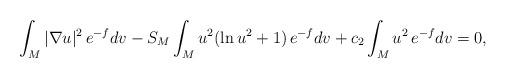
LaTeX: \begin{align*}\int_M |\nabla u|^2\,e^{-f}dv-S_M\int_M u^2(\ln u^2+1)\,e^{-f}dv+c_2\int_Mu^2\,e^{-f}dv=0,\end{align*}